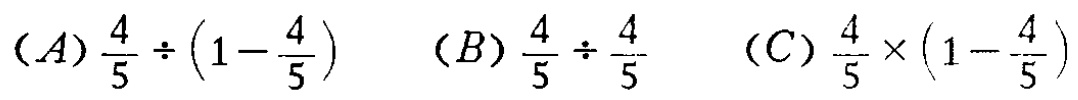
\((A)\frac{4}{5}\div\left(1 - \frac{4}{5}\right)\)  \((B)\frac{4}{5}\div\frac{4}{5}\)  \((C)\frac{4}{5}\times\left(1 - \frac{4}{5}\right)\)